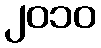
၂၀၁၀